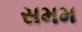
સમમ